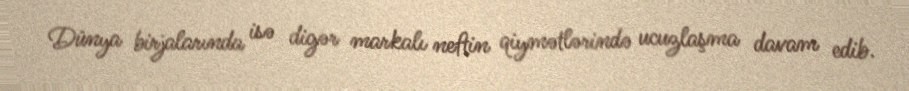
Dünya birjalarında isə digər markalı neftin qiymətlərində ucuzlaşma davam edib.